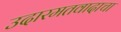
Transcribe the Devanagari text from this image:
उदारमतवादाचा